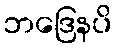
ဘဒြေနပိ